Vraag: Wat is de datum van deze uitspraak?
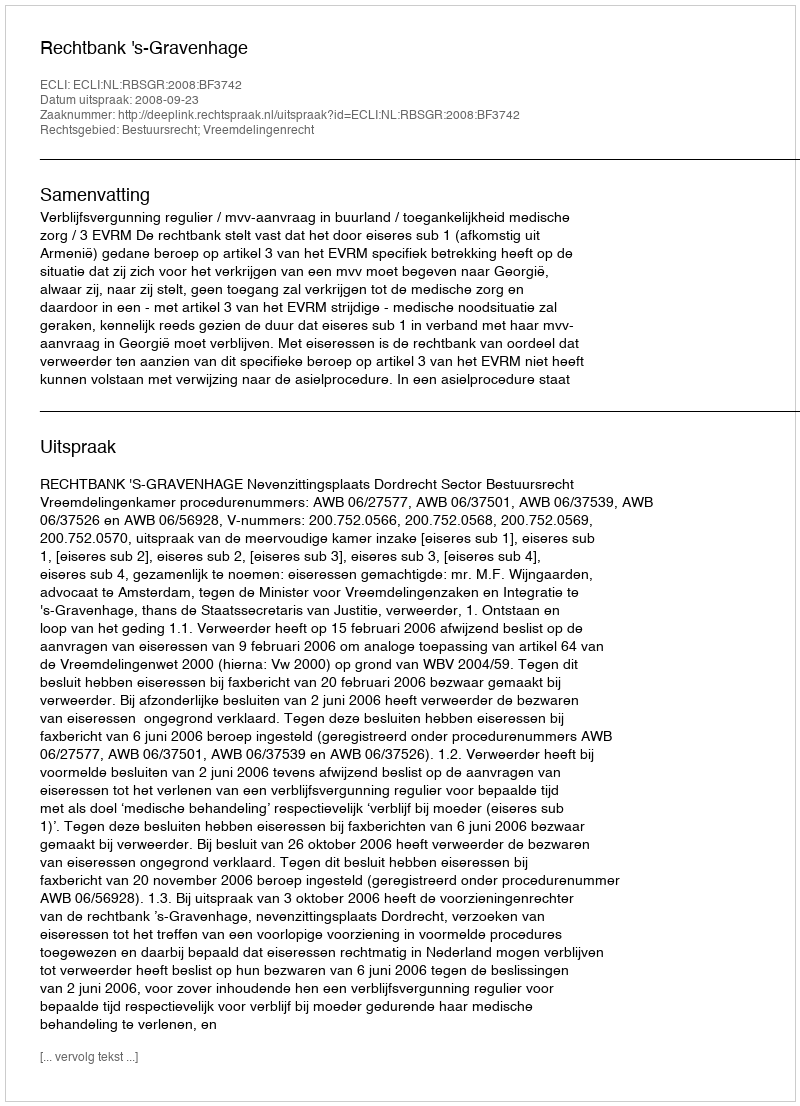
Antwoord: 2008-09-23